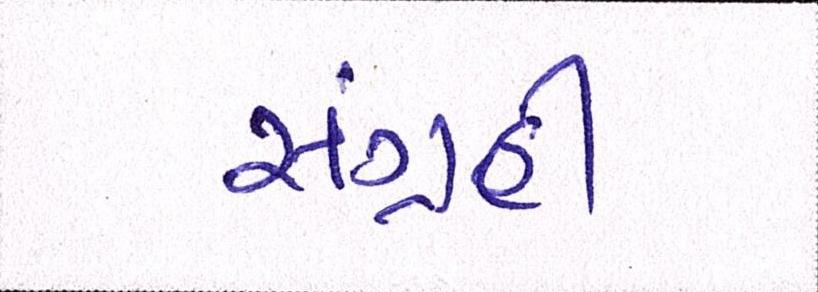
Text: સંગ્રહી